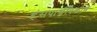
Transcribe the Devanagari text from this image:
हंसपार्श्वत्रिकोणे